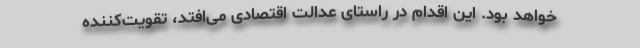
خواهد بود. این اقدام در راستای عدالت اقتصادی می‌افتد، تقویت‌کننده